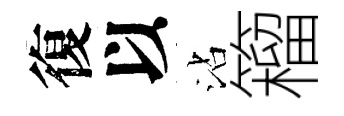
復以沾籕